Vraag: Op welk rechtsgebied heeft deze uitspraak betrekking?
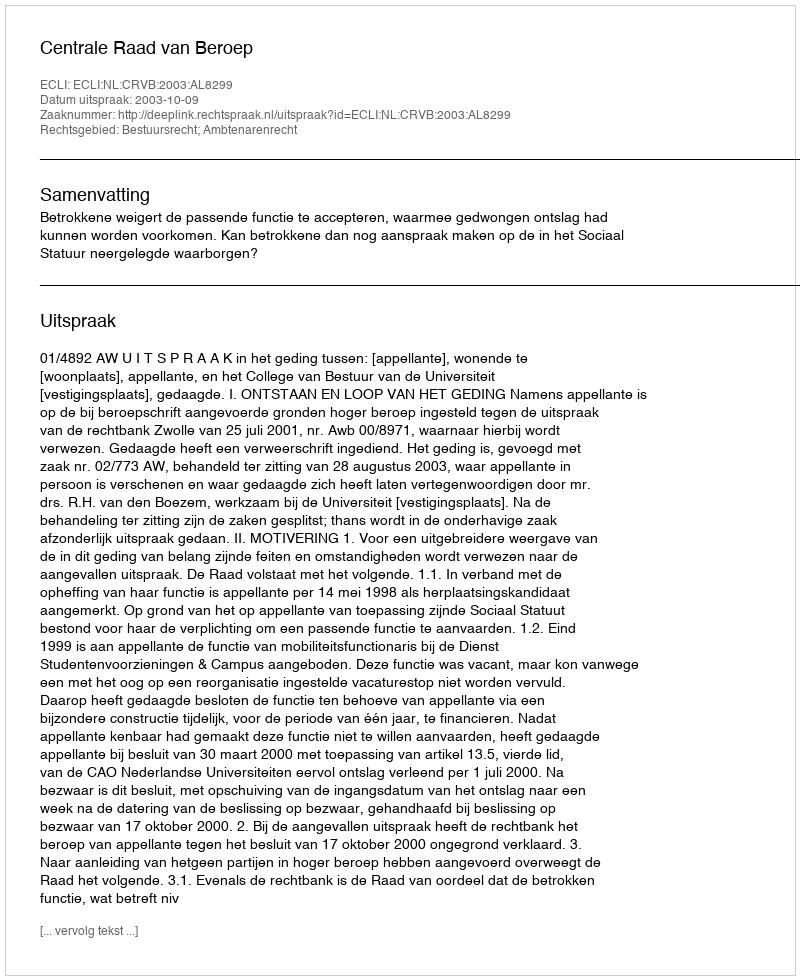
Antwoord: Bestuursrecht; Ambtenarenrecht